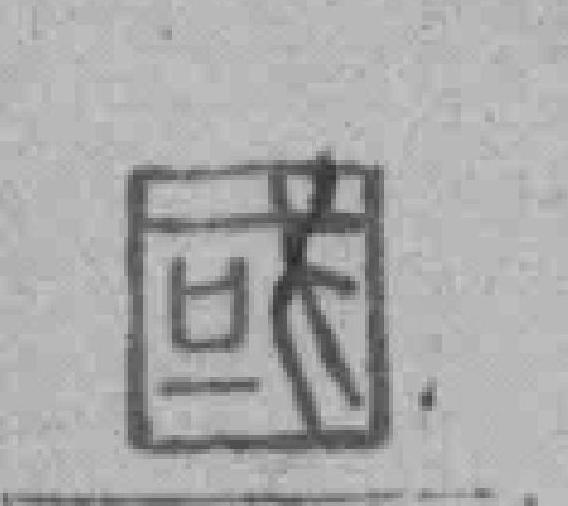
國